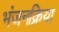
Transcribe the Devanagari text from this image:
भंजनक्रिया